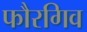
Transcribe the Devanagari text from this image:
फौरगिव